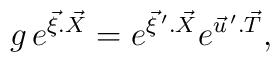
g \,e^{{\vec \xi}.{\vec X}} =  e^{{\vec \xi}\, '.{\vec X}}e^{{\vec u}\,'.{\vec T}},